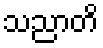
သညာတိ